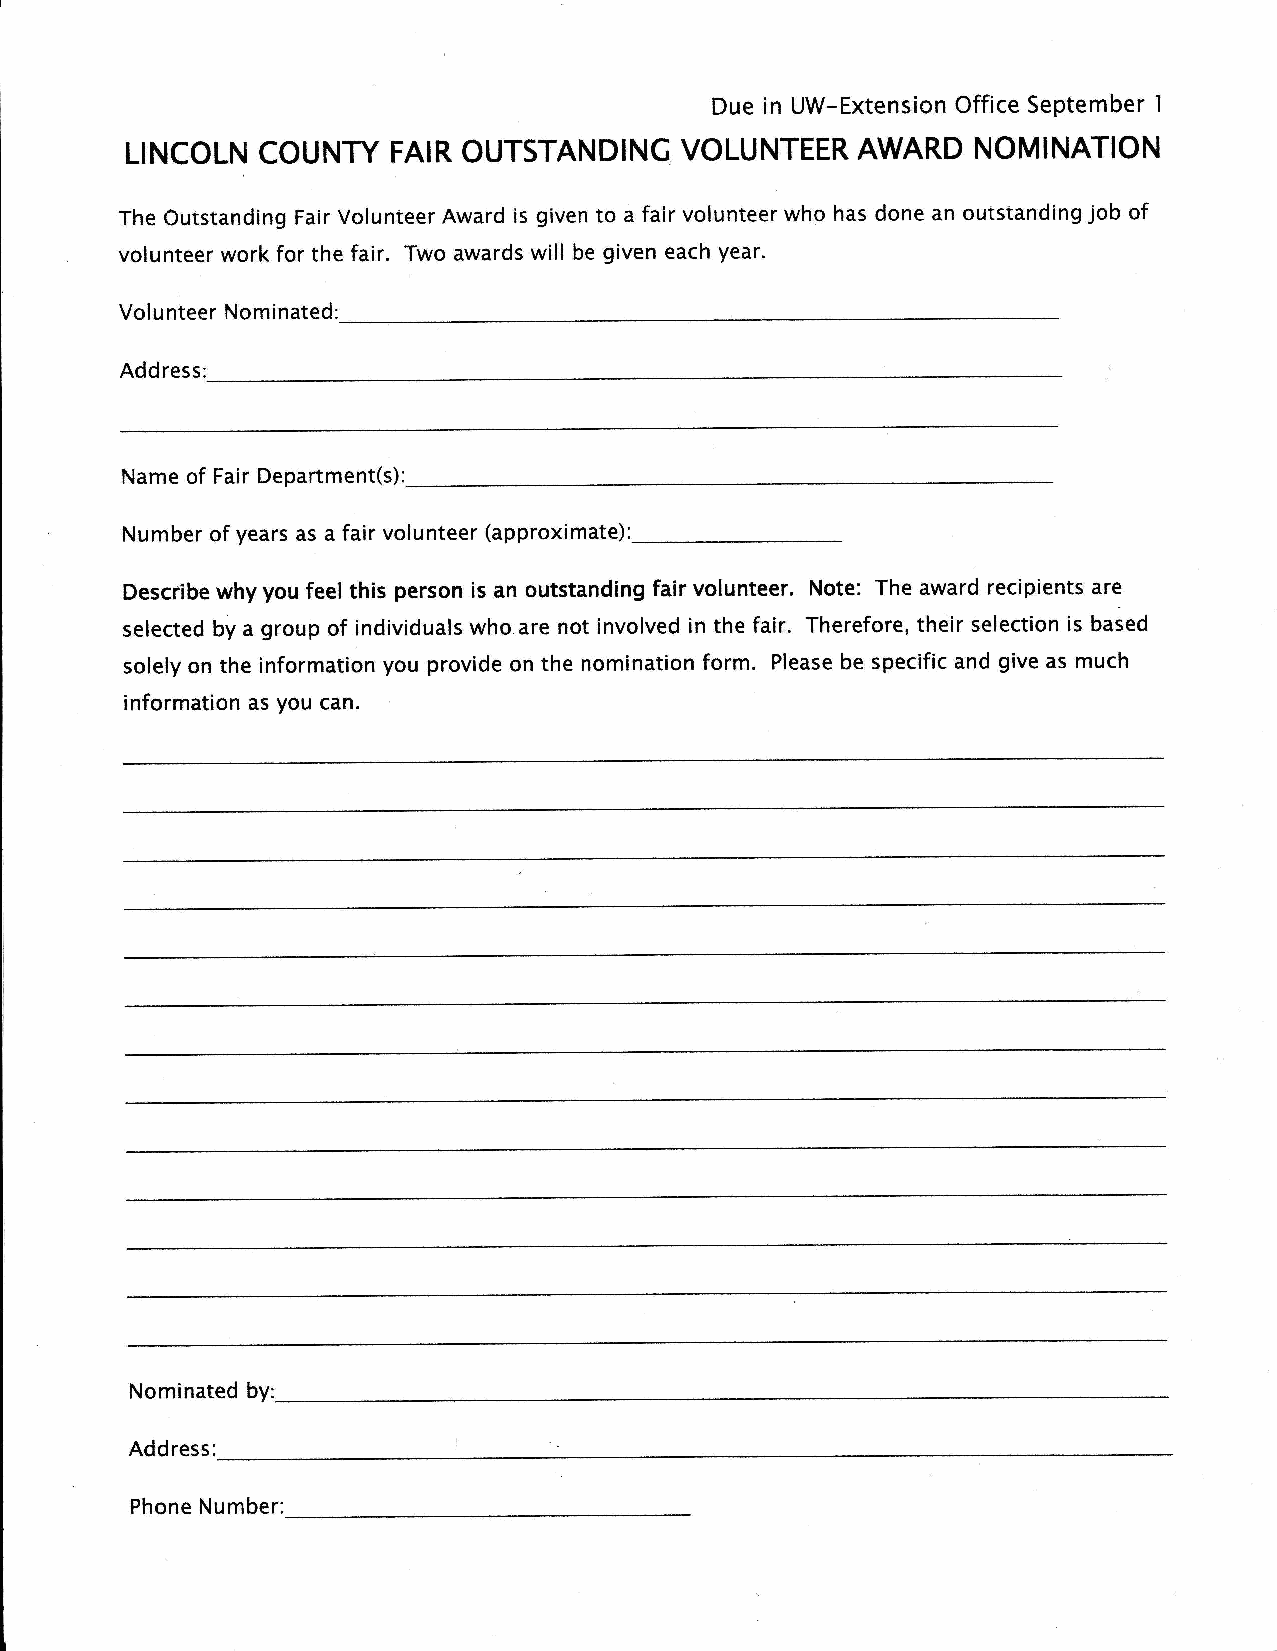
Due in UW-Extension Office September
 1
 LINCOLN  COUNTY   FAIR OUTSTANDING   VOLUNTEER   AWARD   NOMINATION
 The Outstanding Fair Volunteer Award is given to a fair volunteer who has done an outstanding job of
 volunteer work for the fair. Two awards will be given each year.
 Volunteer Nominated:
 Address:
 Name of Fair Department(s):
 Number of years as a fair volunteer (approximate):
 Describe why you feel this person is an outstanding fair volunteer. Note: The award recipients are
 selected by a group of individuals who are not involved in the fair. Therefore, their selection is based
 solely on the information you provide on the nomination form. Please be specific and give as much
 information as you can.
 Nominated by:
 Address:
 Phone Number: